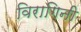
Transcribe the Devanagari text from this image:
विरागिनी